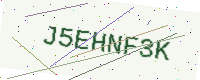
Text: J5EHNF3K